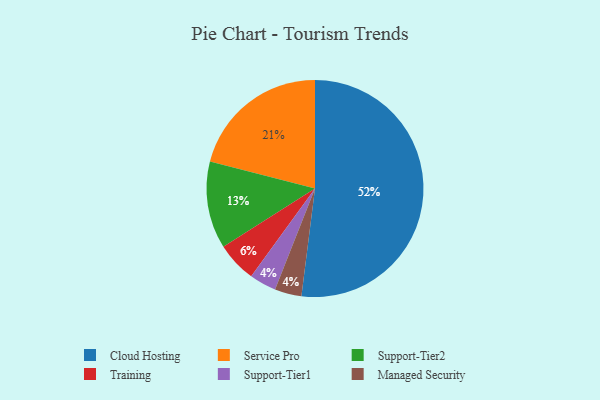
{"axis": {"x": "Category", "y": "Percentage"}, "legend": ["Cloud Hosting", "Managed Security", "Service Pro", "Support-Tier1", "Support-Tier2", "Training"], "data": [{"x": "Service Pro", "y": 21, "type": "Service Pro"}, {"x": "Support-Tier1", "y": 4, "type": "Support-Tier1"}, {"x": "Managed Security", "y": 4, "type": "Managed Security"}, {"x": "Support-Tier2", "y": 13, "type": "Support-Tier2"}, {"x": "Cloud Hosting", "y": 52, "type": "Cloud Hosting"}, {"x": "Training", "y": 6, "type": "Training"}]}